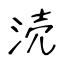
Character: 涜